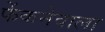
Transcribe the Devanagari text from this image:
फेंकनेवाला